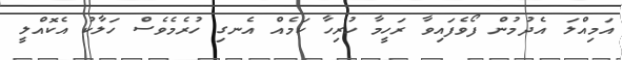
އަމިއްލަ އެދުމުން ފޯވެފައިވާ ރަހީމާ ހުރިހާ ކަމެއް އެނގި ހުރެމެވެސް ހަލާކު އެކޮއްލީ